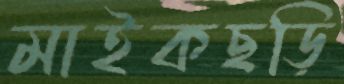
মাইকছড়ি